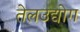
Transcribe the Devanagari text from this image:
तेलउद्योग